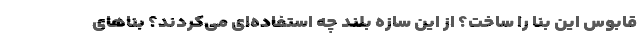
قابوس این بنا را ساخت؟ از این سازه بلند چه استفاده‌ای می‌کردند؟ بناهای